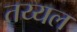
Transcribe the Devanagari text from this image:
तय्यल